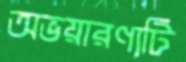
অভয়ারণ্যটি